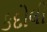
કદોલી